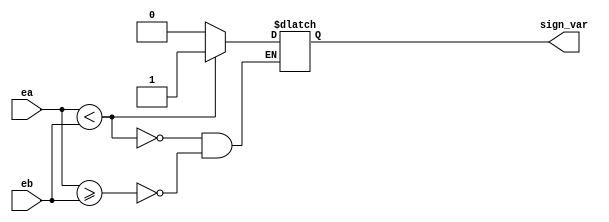
// Module to compare exponent values of inputs
module CMP_EXP(ea, eb, sign_var);
    input[10:0] ea, eb;
    output reg sign_var;

    always @(*) begin
        if (ea>=eb) begin
            sign_var = 0;
        end
        if (ea<eb) begin
            sign_var = 1;
        end
    end
endmodule


// Module to swap inputs if necessary
module SWAP_M (ma, mb, sa, sb, ea, eb, sign_var, outa, outb, sa_out, sb_out, ea_out, eb_out);
    input[52:0] ma, mb;
    input sign_var;
    input sa, sb;
    input[10:0] ea, eb;

    output reg[52:0] outa, outb;
    output reg sa_out, sb_out;
    output reg[10:0] ea_out, eb_out;

    always @(*) begin
        if (sign_var==1) begin
            outa = mb;
            outb = ma;
            sa_out = sb;
            sb_out = sa;
            ea_out = eb;
            eb_out = ea;
        end

        if (sign_var==0) begin
            if(ma>=mb) begin
                outa = ma;
                outb = mb;
                sa_out = sa;
                sb_out = sb;
                ea_out = ea;
                eb_out = eb;
            end

            if(ma < mb) begin
                outa = mb;
                outb = ma;
                sa_out = sb;
                sb_out = sa;
                ea_out = eb;
                eb_out = ea;
            end
        end
    end
endmodule


// Module to find difference of exponents
module DIFF_EXP (ea, eb, out);
    input[10:0] ea, eb;
    output reg[10:0] out;

    always @(*) begin
        if (ea>=eb) begin
            out = ea-eb;
        end
        if (ea<eb) begin
            out = eb-ea;
        end
    end
endmodule

// Module to shift smaller value
module RHT_SFT (mb, len, out);
    input[52:0] mb;
    input[10:0] len;
    output[52:0] out;

    assign out = mb >> len;
endmodule

// Module for Full adder
module FA (in0, in1, cin, sum, cout);
    input in0, in1, cin;
    output sum, cout;
    wire c1, c2, c3;

    xor(sum, in0, in1, cin);
    and(c1, in0, in1);
    xor(c2, in0, in1);
    and(c3, c2, cin);
    or(cout, c1, c3);
endmodule

// Module to add same sign variables
module SAME_SIGN_ADD (ma, mb, out, carry);
    input[52:0] ma, mb;
    output[52:0] out;
    output carry;

    wire[52:0] sum;
    wire[52:0] tmp;
    

    FA fa1(ma[0], mb[0], 1'b0,   sum[0], tmp[0]);
    FA fa2(ma[1], mb[1], tmp[0], sum[1], tmp[1]);
    FA fa3(ma[2], mb[2], tmp[1], sum[2], tmp[2]);
    FA fa4(ma[3], mb[3], tmp[2], sum[3], tmp[3]);
    FA fa5(ma[4], mb[4], tmp[3], sum[4], tmp[4]);
    FA fa6(ma[5], mb[5], tmp[4], sum[5], tmp[5]);
    FA fa7(ma[6], mb[6], tmp[5], sum[6], tmp[6]);
    FA fa8(ma[7], mb[7], tmp[6], sum[7], tmp[7]);
    FA fa9(ma[8], mb[8], tmp[7], sum[8], tmp[8]);
    FA fa10(ma[9], mb[9], tmp[8], sum[9], tmp[9]);
    FA fa11(ma[10], mb[10], tmp[9], sum[10], tmp[10]);
    FA fa12(ma[11], mb[11], tmp[10], sum[11], tmp[11]);
    FA fa13(ma[12], mb[12], tmp[11], sum[12], tmp[12]);

    FA fa14(ma[13], mb[13], tmp[12], sum[13], tmp[13]);
    FA fa15(ma[14], mb[14], tmp[13], sum[14], tmp[14]);
    FA fa16(ma[15], mb[15], tmp[14], sum[15], tmp[15]);
    FA fa17(ma[16], mb[16], tmp[15], sum[16], tmp[16]);
    FA fa18(ma[17], mb[17], tmp[16], sum[17], tmp[17]);
    FA fa19(ma[18], mb[18], tmp[17], sum[18], tmp[18]);

    FA fa20(ma[19], mb[19], tmp[19], sum[19], tmp[19]);
    FA fa21(ma[20], mb[20], tmp[17], sum[20], tmp[20]);
    FA fa22(ma[21], mb[21], tmp[20], sum[21], tmp[21]);
    FA fa23(ma[22], mb[22], tmp[21], sum[22], tmp[22]);
    FA fa24(ma[23], mb[23], tmp[22], sum[23], tmp[23]);
    FA fa25(ma[24], mb[24], tmp[23], sum[24], tmp[24]);

    FA fa26(ma[25], mb[25], tmp[24], sum[25], tmp[25]);
    FA fa27(ma[26], mb[26], tmp[25], sum[26], tmp[26]);
    FA fa28(ma[27], mb[27], tmp[26], sum[27], tmp[27]);
    FA fa29(ma[28], mb[28], tmp[27], sum[28], tmp[28]);
    FA fa30(ma[29], mb[29], tmp[28], sum[29], tmp[29]);
    FA fa31(ma[30], mb[30], tmp[29], sum[30], tmp[30]);

    FA fa32(ma[31], mb[31], tmp[30], sum[31], tmp[31]);
    FA fa33(ma[32], mb[32], tmp[31], sum[32], tmp[32]);
    FA fa34(ma[33], mb[33], tmp[32], sum[33], tmp[33]);
    FA fa35(ma[34], mb[34], tmp[33], sum[34], tmp[34]);
    FA fa36(ma[35], mb[35], tmp[34], sum[35], tmp[35]);
    FA fa37(ma[36], mb[36], tmp[35], sum[36], tmp[36]);

    FA fa38(ma[37], mb[37], tmp[36], sum[37], tmp[37]);
    FA fa39(ma[38], mb[38], tmp[37], sum[38], tmp[38]);
    FA fa40(ma[39], mb[39], tmp[38], sum[39], tmp[39]);
    FA fa41(ma[40], mb[40], tmp[39], sum[40], tmp[40]);
    FA fa42(ma[41], mb[41], tmp[40], sum[41], tmp[41]);
    FA fa43(ma[42], mb[42], tmp[41], sum[42], tmp[42]);

    FA fa44(ma[43], mb[43], tmp[42], sum[43], tmp[43]);
    FA fa45(ma[44], mb[44], tmp[43], sum[44], tmp[44]);
    FA fa46(ma[45], mb[45], tmp[44], sum[45], tmp[45]);
    FA fa47(ma[46], mb[46], tmp[45], sum[46], tmp[46]);
    FA fa48(ma[47], mb[47], tmp[46], sum[47], tmp[47]);
    FA fa49(ma[48], mb[48], tmp[47], sum[48], tmp[48]);

    FA fa50(ma[49], mb[49], tmp[48], sum[49], tmp[49]);
    FA fa51(ma[50], mb[50], tmp[49], sum[50], tmp[50]);
    FA fa52(ma[51], mb[51], tmp[50], sum[51], tmp[51]);
    FA fa53(ma[52], mb[52], tmp[51], sum[52], carry);
    // FA fa54(ma[53], mb[53], tmp[52], carry, tmp[53]);

    assign out = sum;
    
endmodule

// Module to add mantissas
module SUM_MANT (sa, sb, ma, mb, out, carry);
    input sa, sb;
    input[52:0] ma, mb;

    output reg carry;
    // wire[53:0] sum;
    wire[52:0] sum;
    wire carry1;
    output reg [52:0] out;

    // reg[53:0] tmp1, tmp2, tmp_sum;
    reg[52:0] tmp1, tmp2, tmp_sum;
    reg[52:0] tmp;

    // assign tmp1 = {1'b0, ma};
    // assign tmp2 = {1'b0, mb};


    always @(*) begin
        if(sa==sb) begin
            // sum = {1'b0,ma}+{1'b0,mb};
            // SAME_SIGN_ADD same_sign_add1(tmp1, tmp2, sum);
            // tmp1 = {1'b0, ma};
            tmp1 = ma;
            // tmp2 = {1'b0, mb};
            tmp2 = mb;
        end

        if(sa==1 & sb==0) begin
            // sum = {1'b0,ma}-{1'b0,mb};
            tmp = ~mb+1;
            // tmp1 = {1'b0, ma};
            tmp1 = ma;
            // tmp2 = {1'b0, tmp};
            tmp2 = tmp;
        end

        if(sa==0 & sb==1) begin
            // sum = {1'b0,ma}-{1'b0,mb};
            tmp = ~mb+1;
            // tmp1 = {1'b0, ma};
            tmp1 = tmp;
            // tmp2 = {1'b0, tmp};
            tmp2 = tmp;
        end

        // SAME_SIGN_ADD same_sign_add1(tmp1, tmp2, sum);

        // carry = sum[53];
        // out = sum[52:0];
    end
    SAME_SIGN_ADD same_sign_add1(tmp1, tmp2, sum, carry1);

    always @(*) begin
        // if(sum[53]==1'b0) begin
        //     tmp = ~sum[52:0] + 1;
        // end
        // if(sum[53]==1'b1) begin
        //     sum[53] = 0;
        // end
        if(sa==sb) begin
            // carry = sum[53];
            // out = sum[52:0];
            carry = carry1;
            out = sum;
        end
        if((sa==1 & sb==0)|(sa==0 & sb==1))begin
            if(carry1==1'b0) begin
                carry = 0;
                out = ~sum[52:0]+1;
            end
            if(carry1==1'b1)begin
                carry = 0;
                out = sum[52:0];
            end
        end
    end

    // assign carry = sum[53];
    // assign out = sum[52:0];
endmodule

// Module to normalize the result
module NORM_RES (sum, carry, er, sr, mr, er_new);
    input[52:0] sum;
    input carry, sr;
    input[10:0] er;
    output reg[51:0] mr;
    output reg[10:0] er_new;

    reg[52:0] tmp;

    always @(*) begin
        if(carry==1) begin
            tmp = sum >> 1;
            tmp[52] = carry;
            er_new = er + 1;

            mr = tmp[51:0];
        end
        else begin
            if(sum[52]==1) begin
                mr = sum[51:0];
                er_new = er;
            end
            else begin
                tmp = sum;
                er_new = er;
                while(tmp[52]!=1'b1) begin
                    tmp = tmp << 1;
                    er_new = er_new - 1;
                end

                mr = tmp[51:0];
            end
        end
    end
endmodule


// Main module
module FP_ADDER(a, b, out, out1, out2, out3, out4, out5, out6, out7);
// module FP_ADDER(a, b, out);
    input[63:0] a, b;
    // output[63:0] out;

    output[52:0] out, out1, out4;
    output out2, out3, out5;
    output[10:0] out6;
    output[51:0] out7;
    wire sign_var, max;

    wire[63:0] new_a, new_b;        // Variable for new inputs that r used after swapping small one to b
    wire sa, sb;                    // Variables for storing signs of original inputs
    wire[10:0] ea, eb;              // Variables for storing expo of original inputs
    wire[52:0] ma, mb;              // Variables for storing mantissa of original inputs

    // Declaring output indvivdual variables
    wire sr;
    wire[10:0] er;
    wire[51:0] mr;
    wire[52:0] sum_mantissa;
    wire carry;
    wire[10:0] er_new;

    wire[10:0] diff_exp;            // Variable to store difference of exponents


    wire[52:0] ma_new, mb_new, mb_sft;
    wire sa_new, sb_new;
    wire[10:0] ea_new, eb_new;

    // Assigning the components to inputs to individual variables. Added one before mantissa that is 1 before decimal
    assign sa = a[63];
    assign ea = a[62: 52];
    assign ma = {1'b1,a[51:0]};
    assign sb = b[63];
    assign eb = b[62: 52];
    assign mb = {1'b1,b[51:0]};



    // Finding the max value among inputs
    CMP_EXP cmp_exp1(ea, eb, sign_var);

    // Swapping the inputs(if necessary) such that min is in b
    SWAP_M swap_m1(ma, mb, sa, sb, ea, eb, sign_var, ma_new, mb_new, sa_new, sb_new, ea_new, eb_new);

    // Finding difference of exponents
    DIFF_EXP diff_exp1(ea, eb, diff_exp);

    // Shifting the smaller mantissa based on difference of exponents
    RHT_SFT rht_sft1(mb_new, diff_exp, mb_sft);

    // Assigning sign and exponent to results
    assign er = ea_new;
    assign sr = sa_new;


    // Adding the two mantissa
    SUM_MANT sum_mant1(sa_new, sb_new, ma_new, mb_sft, sum_mantissa, carry);
    // Here sum_mantissa contains 53 bits including the explicit 1 before the decimal

    // Normalizing the result
    NORM_RES norm_res1(sum_mantissa, carry, er, sr, mr, er_new);


    // assign out = {sr, er_new, mr};

    assign out  = ma_new;
    assign out1 = mb_sft;
    assign out2 = sa_new;
    assign out3 = sb_new;
    assign out4 = sum_mantissa;
    assign out5 = sr;
    assign out6 = er_new;
    assign out7 = mr;
endmodule









// Test bench
module FP_ADDER_TB;
    reg[63:0] a, b;

    wire[52:0] res, res1, res4;
    wire res2, res3, res5;
    wire[10:0] res6;
    wire[51:0] res7;

    wire[63:0] out;

    FP_ADDER fp_adder1(a, b, res, res1, res2, res3, res4, res5, res6, res7);
    // FP_ADDER fp_adder1(a, b, out);

    initial begin
        // a=1; b=1.0000000000000002
        #0 a=64'b0011111111110000000000000000000000000000000000000000000000000000; b=64'b0011111111110000000000000000000000000000000000000000000000000001;
        
        // a=1.5; b=-3
        #10 a=64'b0011111111111000000000000000000000000000000000000000000000000000; b=64'b1100000000001000000000000000000000000000000000000000000000000000;

        // a=1; b=-3
        #10 a=64'b0011111111110000000000000000000000000000000000000000000000000000; b=64'b1100000000001000000000000000000000000000000000000000000000000000;
    end

    initial begin
        // $monitor(" a=%b b=%b sum=%b", a, b, out);
        $monitor("%d: a=%b b=%b ma=%b mb=%b sa=%b sb=%b sum=%b sign=%b exp=%b man=%b", $time, a, b, res, res1, res2, res3, res4, res5, res6, res7);
    end
    
endmodule